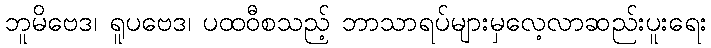
ဘူမိဗေဒ၊ ရူပဗေဒ၊ ပထဝီစသည့် ဘာသာရပ်များမှလေ့လာဆည်းပူးရေး